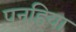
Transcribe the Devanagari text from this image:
पनहिया